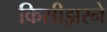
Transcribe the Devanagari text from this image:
किसीझरने